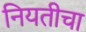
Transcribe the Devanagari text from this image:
नियतीचा